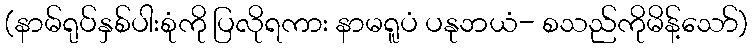
(နာမ်ရုပ်နှစ်ပါးစုံကို ပြလိုရကား နာမရူပံ ပနုဘယံ- စသည်ကိုမိန့်သော်)